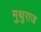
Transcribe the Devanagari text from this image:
मुथुराज